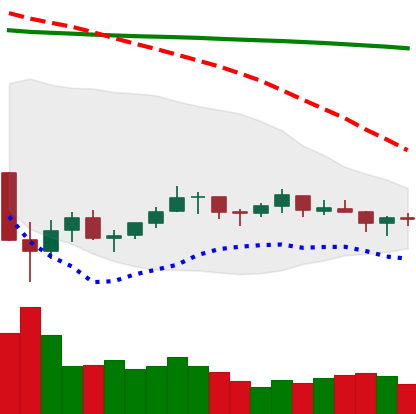
Ticker: LTC-USD
Chart end date: 2021-07-10
Forward return: -6.341%
Label: down_5_7